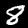
Digit: 8